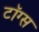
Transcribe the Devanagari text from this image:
टॉग्स